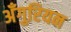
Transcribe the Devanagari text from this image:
अँगुरियन